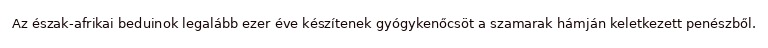
Az észak-afrikai beduinok legalább ezer éve készítenek gyógykenőcsöt a szamarak hámján keletkezett penészből.